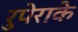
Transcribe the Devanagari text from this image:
रुपेराके